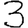
Digit: 3